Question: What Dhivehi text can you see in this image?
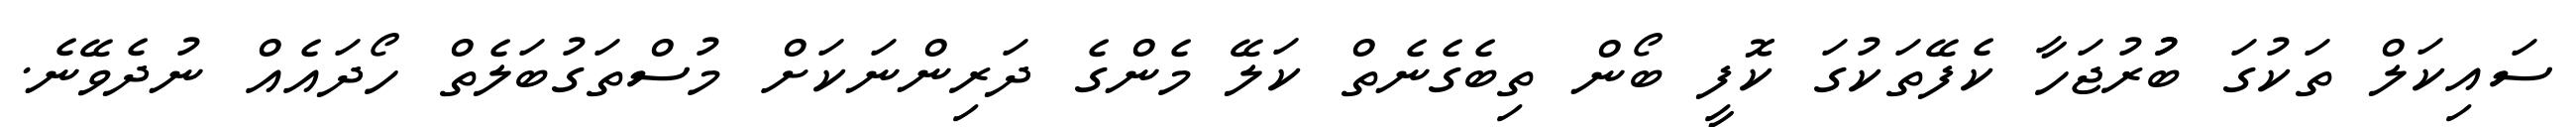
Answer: ސައިކަލް ތަކުގަ ބުުރުޖަހާ ކެފޭތަކުގަ ކޮފީ ބޯން ތިބެގެނެތް ކަލޭ މެންގެ ދަރިންނަކަށް މުސްތަގުބަލެތް ހޯދައެއް ނުދެވޭނެ.